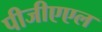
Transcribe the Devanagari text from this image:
पीजीएएल